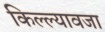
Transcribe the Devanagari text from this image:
किल्ल्यावजा